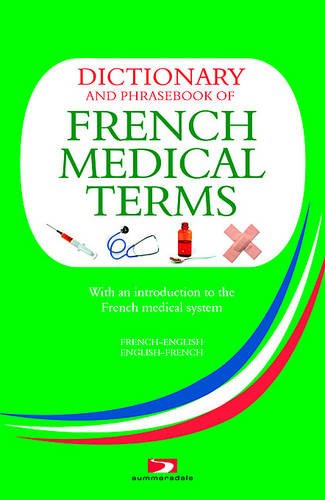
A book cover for Dictionary and Phrasebook of French Medical Terms: With An Introduction to the French Medical System; Richard Whiting; Travel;